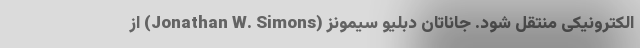
الکترونیکی منتقل شود. جاناتان دبلیو سیمونز (Jonathan W. Simons) از